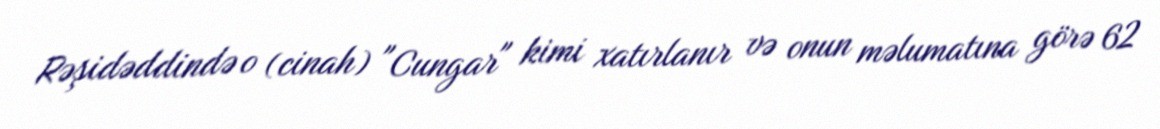
Rəşidəddində o (cinah) "Cungar" kimi xatırlanır və onun məlumatına görə 62